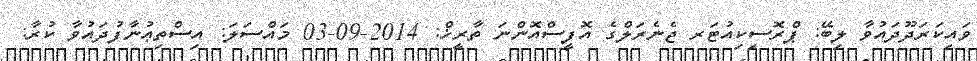
ވައިކަރަދޫދައުވާ ލިބޭ: ޕްރޮސިކިއުޓަރ ޖެނެރަލްގެ އޮފީސްއޮންނަ ތާރީޚް: 2014-09-03 މައްސަލަ: އިސްތިޢުނާފުދައުވާ ކުރާ: